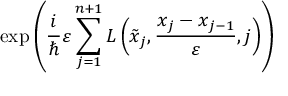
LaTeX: \exp \left( { \frac { i } { \hbar } } \varepsilon \sum _ { j = 1 } ^ { n + 1 } L \left( { \tilde { x } } _ { j } , { \frac { x _ { j } - x _ { j - 1 } } { \varepsilon } } , j \right) \right)